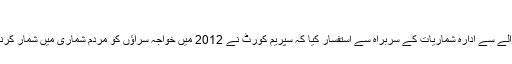
مزید پڑھیں: ملک میں 19 سال بعد چھٹی مردم شماری
عدالت نے 10 سال پرانے مردم شماری کے فارمز کے حوالے سے ادارہ شماریات کے سربراہ سے استفسار کیا کہ سپریم کورٹ نے 2012 میں خواجہ سراؤں کو مردم شماری میں شمار کرنے کا حکم دیا تھا، تو نئے فارمز کیوں نہیں چھپوائے گئے؟